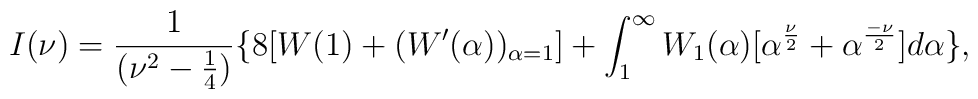
I(\nu)=\frac{1}{(\nu^2-\frac{1}{4})}\{8[W(1)+(W^{\prime}(\alpha))_{\alpha=1}]+\int_{1}^{\infty}W_1(\alpha)[\alpha^\frac{\nu}{2}+\alpha^\frac{-\nu}{2}]d\alpha\},